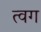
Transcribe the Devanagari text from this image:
त्वग